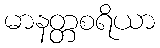
မာနတ္တစရိယာ